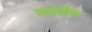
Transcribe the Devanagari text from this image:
ग्लाडबेक